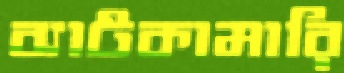
ব্যাটকামারি